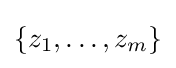
\{z_{1},\ldots ,z_{m}\}